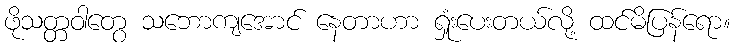
ဖိုသတ္တဝါတွေ သဘောကျအောင် နေတာဟာ ရှုံးပေးတယ်လို့ ထင်မိပြန်ရော။